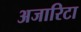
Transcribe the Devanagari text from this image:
अजारिटा